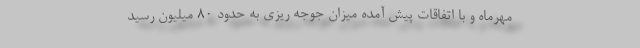
مهرماه و با اتفاقات پیش آمده میزان جوجه ریزی به حدود ۸۰ میلیون رسید